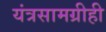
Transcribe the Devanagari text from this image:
यंत्रसामग्रीही